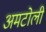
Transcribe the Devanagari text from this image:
अमटोली